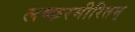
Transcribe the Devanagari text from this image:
लष्करमीरितम्